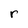
Character: r